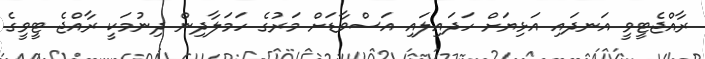
ރާއްޖެޓީވީ އަނދައި އަޅިޔަށް ހަދައިލައި އަސްވާޑަށް މަރުގެ ހަމަލާދިން ދިނުމަކީ ރާއްޖެ ޓީވީގެ